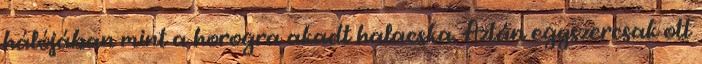
hálójában mint a horogra akadt halacska. Aztán egyszercsak ott